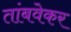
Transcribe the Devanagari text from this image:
तांबवेकर